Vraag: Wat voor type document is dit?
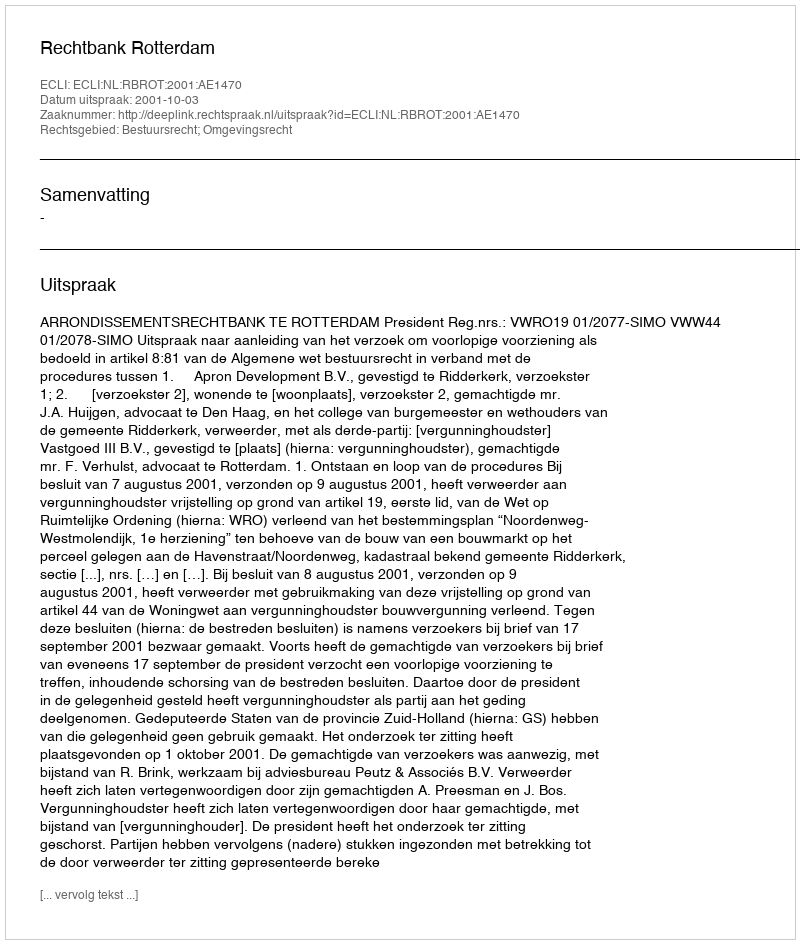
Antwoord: Uitspraak